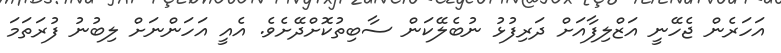
އަހަރެން ޖެހޭނީ އަޒްލިފާއަށް ދަރިފުޅު ނުބެލޭކަން ސާބިތުކޮށްދޭށެވެ. އެއީ އަހަންނަށް ލިބުނު ފުރަތަމަ